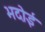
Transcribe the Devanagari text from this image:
भदोई